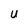
Character: U